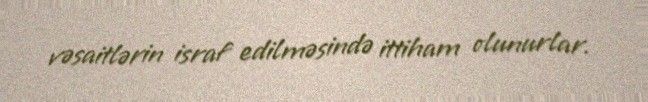
vəsaitlərin israf edilməsində ittiham olunurlar.